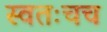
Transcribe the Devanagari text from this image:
स्वतःचच